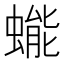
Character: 𰳔